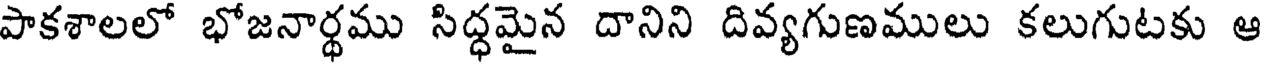
పాకశాలలో భోజనార్థము సిద్ధమైన దానిని దివ్యగుణములు కలుగుటకు ఆ